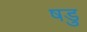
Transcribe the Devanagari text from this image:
षडु